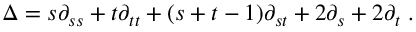
\Delta = s \partial _ { s s } + t \partial _ { t t } + ( s + t - 1 ) \partial _ { s t } + 2 \partial _ { s } + 2 \partial _ { t } \; .